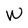
Character: W